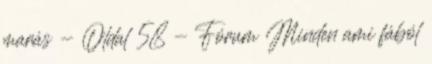
marás - Oldal 58 - Fórum Minden ami fából